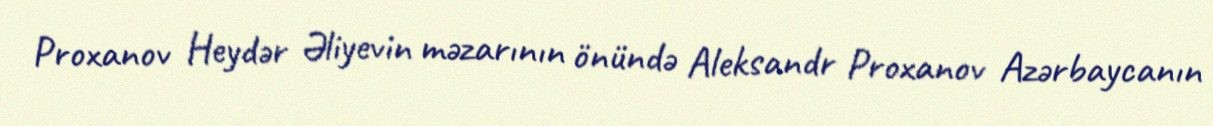
Proxanov Heydər Əliyevin məzarının önündə Aleksandr Proxanov Azərbaycanın